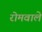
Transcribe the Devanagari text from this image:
रोमवाले